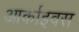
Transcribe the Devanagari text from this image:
आर्काइवस